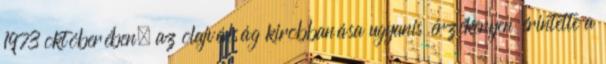
1973 októberében, az olajválság kirobbanása ugyanis érzékenyen érintette a